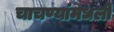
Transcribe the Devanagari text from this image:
चाचण्यांमधली